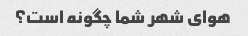
هوای شهر شما چگونه است؟